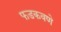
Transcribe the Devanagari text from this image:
फडकवणे